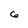
Character: 6